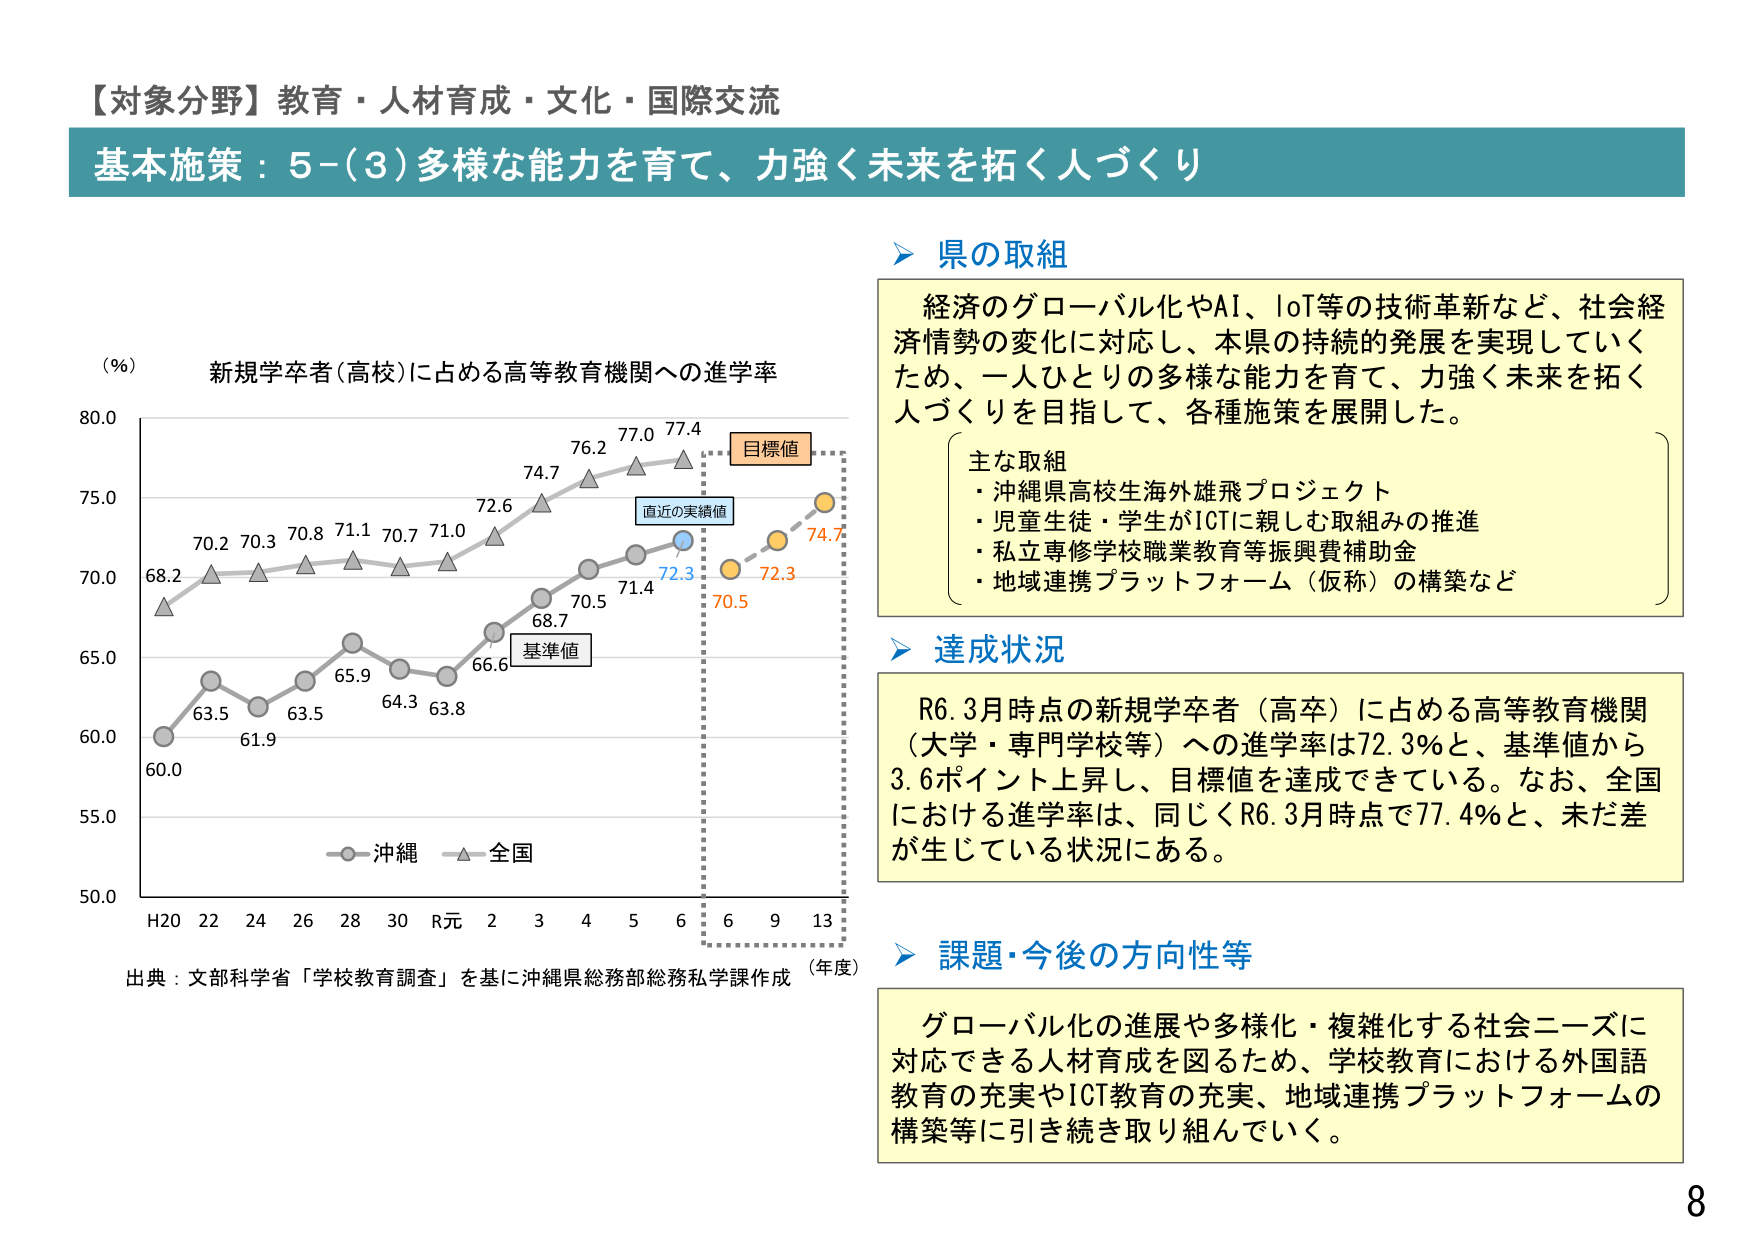
【対象分野】教育・人材育成・文化・国際交流
基本施策：5-(3)多様な能力を育て、力強く未来を拓く人づくり

（％）
新規学卒者（高校）に占める高等教育機関への進学率

68.2
70.2 70.3 70.8 71.1 70.7 71.0 72.6 74.7 76.2 77.0 77.4
63.5 61.9 63.5 65.9 64.3 63.8 66.6 68.7 70.5 71.4 72.3
70.5 72.3 74.7

目標値
直近の実績値
基準値

沖縄
全国

H20 22 24 26 28 30 R元 2 3 4 5 6 6 9 13
（年度）

出典：文部科学省「学校教育調査」を基に沖縄県総務部総務私学課作成

県の取組
経済のグローバル化やAI、IoT等の技術革新など、社会経済情勢の変化に対応し、本県の持続的発展を実現していくため、一人ひとりの多様な能力を育て、力強く未来を拓く人づくりを目指して、各種施策を展開した。

主な取組
・沖縄県高校生海外雄飛プロジェクト
・児童生徒・学生がICTに親しむ取組みの推進
・私立専修学校職業教育等振興費補助金
・地域連携プラットフォーム（仮称）の構築など

達成状況
R6.3月時点の新規学卒者（高卒）に占める高等教育機関（大学・専門学校等）への進学率は72.3％と、基準値から3.6ポイント上昇し、目標値を達成できている。なお、全国における進学率は、同じくR6.3月時点で77.4％と、未だ差が生じている状況にある。

課題・今後の方針等
グローバル化の進展や多様化・複雑化する社会ニーズに対応できる人材育成を図るため、学校教育における外国語教育の充実やICT教育の充実、地域連携プラットフォームの構築等に引き続き取り組んでいく。

8